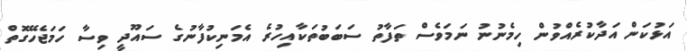
އަޅުކަން އަދާކުރެއްވުން ހިމެނުނު ނަމަވެސް ތަފާތު ސަބަބުތަކާއިހުރެ އެމަނިކުފާނުގެ ސައޫދީ ވިސާ ހަމަޖެހޭގޮތް